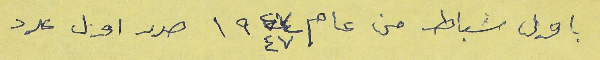
باول شباط من عام ١٩٤٧ صدر اول عدد